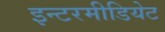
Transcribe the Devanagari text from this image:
इन्टरमीडियेट